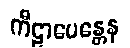
ကီဠာပေန္တေန